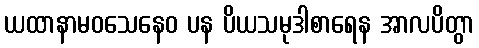
ယထာနာမဝသေနေဝ ပန ပိယသမုဒါစာရေန အာလပိတွာ